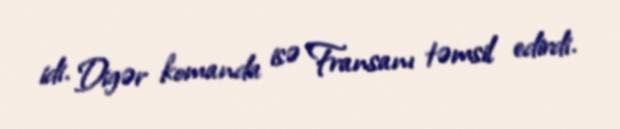
idi. Digər komanda isə Fransanı təmsil edirdi.